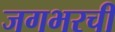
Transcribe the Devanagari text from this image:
जगभरची